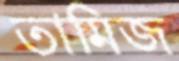
তামিজ